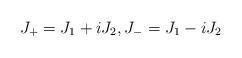
LaTeX: \begin{align*}J_{+}=J_{1}+iJ_{2},J_{-}=J_{1}-iJ_{2} \end{align*}